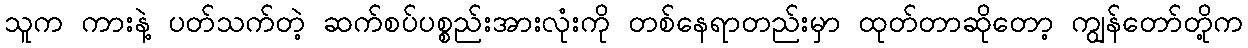
သူက ကားနဲ့ ပတ်သက်တဲ့ ဆက်စပ်ပစ္စည်းအားလုံးကို တစ်နေရာတည်းမှာ ထုတ်တာဆိုတော့ ကျွန်တော်တို့က